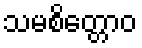
သမစိတ္တောဝ